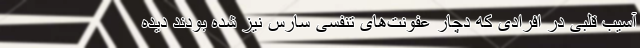
آسیب قلبی در افرادی که دچار عفونت‌های تنفسی سارس نیز شده بودند دیده